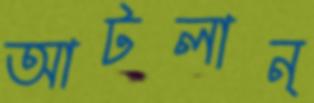
আটলান্